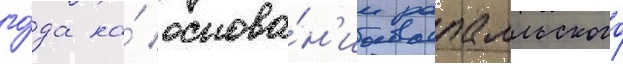
го́да на́ основа́н'ии рапалльского